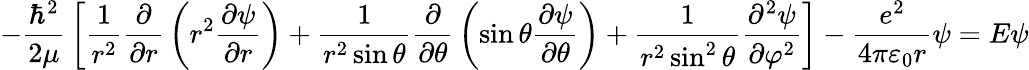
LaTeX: -{\frac{\hbar^{2}}{2\mu}}\left[{\frac{1}{r^{2}}}{\frac{\partial}{\partial r}}\left(r^{2}{\frac{\partial\psi}{\partial r}}\right)+{\frac{1}{r^{2}\sin\theta}}{\frac{\partial}{\partial\theta}}\left(\sin\theta{\frac{\partial\psi}{\partial\theta}}\right)+{\frac{1}{r^{2}\sin^{2}\theta}}{\frac{\partial^{2}\psi}{\partial\varphi^{2}}}\right]-{\frac{e^{2}}{4\pi\varepsilon_{0}r}}\psi=E\psi